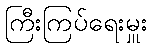
ကြီးကြပ်ရေးမှူး